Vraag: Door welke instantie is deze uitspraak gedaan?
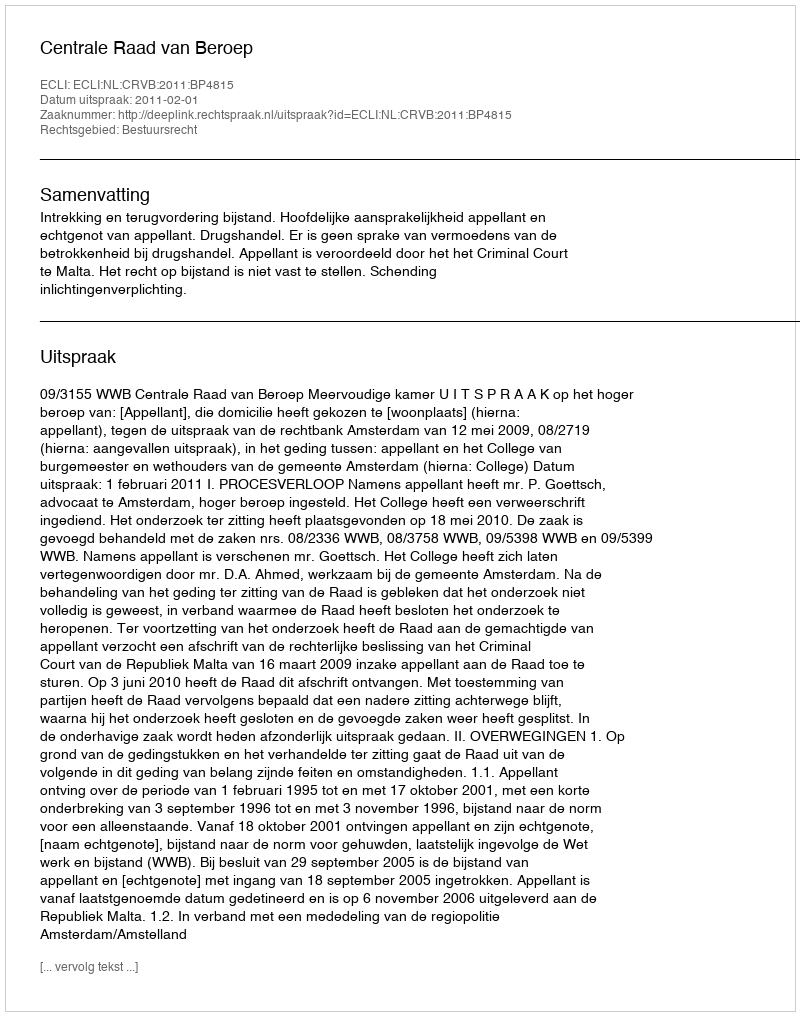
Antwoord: Centrale Raad van Beroep